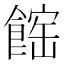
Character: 𩝒